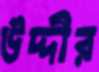
উদ্দীর